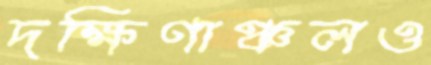
দক্ষিণাঞ্চলও